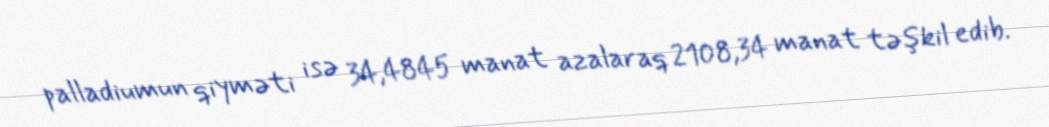
palladiumun qiyməti isə 34,4845 manat azalaraq 2108,34 manat təşkil edib.